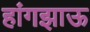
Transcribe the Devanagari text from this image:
हांगझाऊ